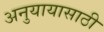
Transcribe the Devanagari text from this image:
अनुयायासाठी